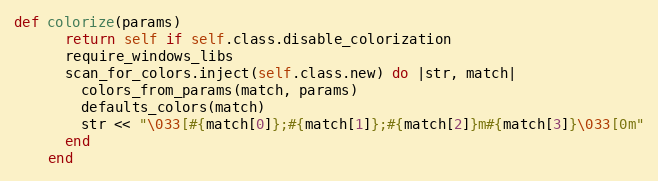
Language: Ruby
def colorize(params)
      return self if self.class.disable_colorization
      require_windows_libs
      scan_for_colors.inject(self.class.new) do |str, match|
        colors_from_params(match, params)
        defaults_colors(match)
        str << "\033[#{match[0]};#{match[1]};#{match[2]}m#{match[3]}\033[0m"
      end
    end